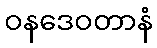
ဝနဒေဝတာနံ